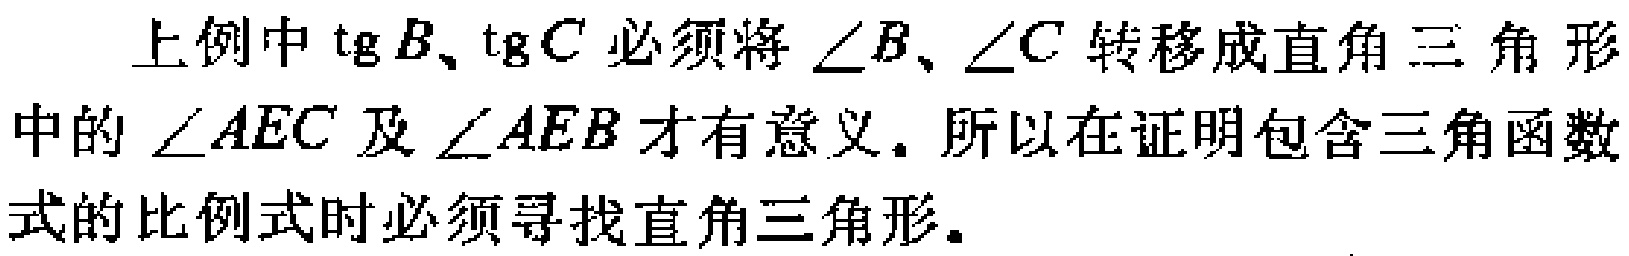
上例中$\mathrm{tg}B、\mathrm{tg}C$必须将$\angle B、\angle C$转移成直角三角形中的$\angle AEC$及$\angle AEB$才有意义. 所以在证明包含三角函数式的比例式时必须寻找直角三角形.